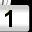
Digit: 1